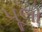
પૂલો